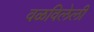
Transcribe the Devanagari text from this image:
वळविलेली